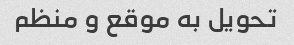
تحویل به موقع و منظم